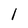
Character: 1